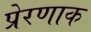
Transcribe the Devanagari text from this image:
प्रेरणाक